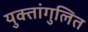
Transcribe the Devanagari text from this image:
युक्तांगुलित